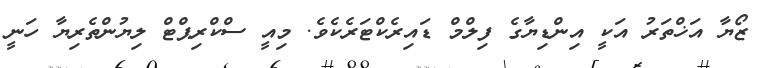
ޒޯޔާ އަޚްތަރު އަކީ އިންޑިޔާގެ ފިލްމް ޑައިރެކްޓަރެކެވެ. މިއީ ސްކްރިޕްޓް ލިޔުންތެރިޔާ ހަނީ